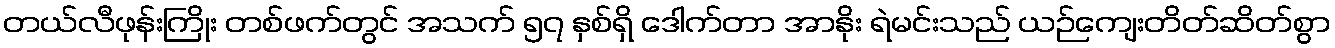
တယ်လီဖုန်းကြိုး တစ်ဖက်တွင် အသက် ၅၇ နှစ်ရှိ ဒေါက်တာ အာနိုး ရဲမင်းသည် ယဉ်ကျေးတိတ်ဆိတ်စွာ